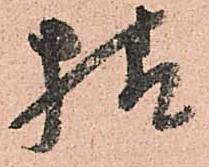
様